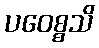
ပဝေစ္စသိ